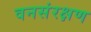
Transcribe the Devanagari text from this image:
वनसंरक्षण